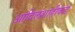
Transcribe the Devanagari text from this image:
आदिलशाहीकडे